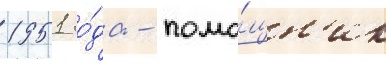
1951 го́да - помо́щн'ик